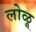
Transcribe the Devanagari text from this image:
लोळू